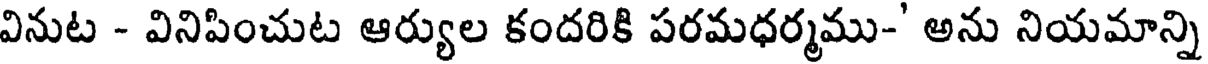
వినుట - వినిపించుట ఆర్యుల కందరికి పరమధర్మము-' అను నియమాన్ని